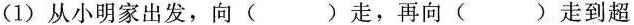
(1)从小明家出发，向( )走，再向( )走到超